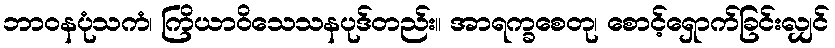
ဘာဝနပုံသကံ၊ ကြိယာဝိသေသနပုဒ်တည်း။ အာရက္ခစေတု၊ စောင့်ရှောက်ခြင်းလျှင်